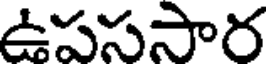
ఉపససార